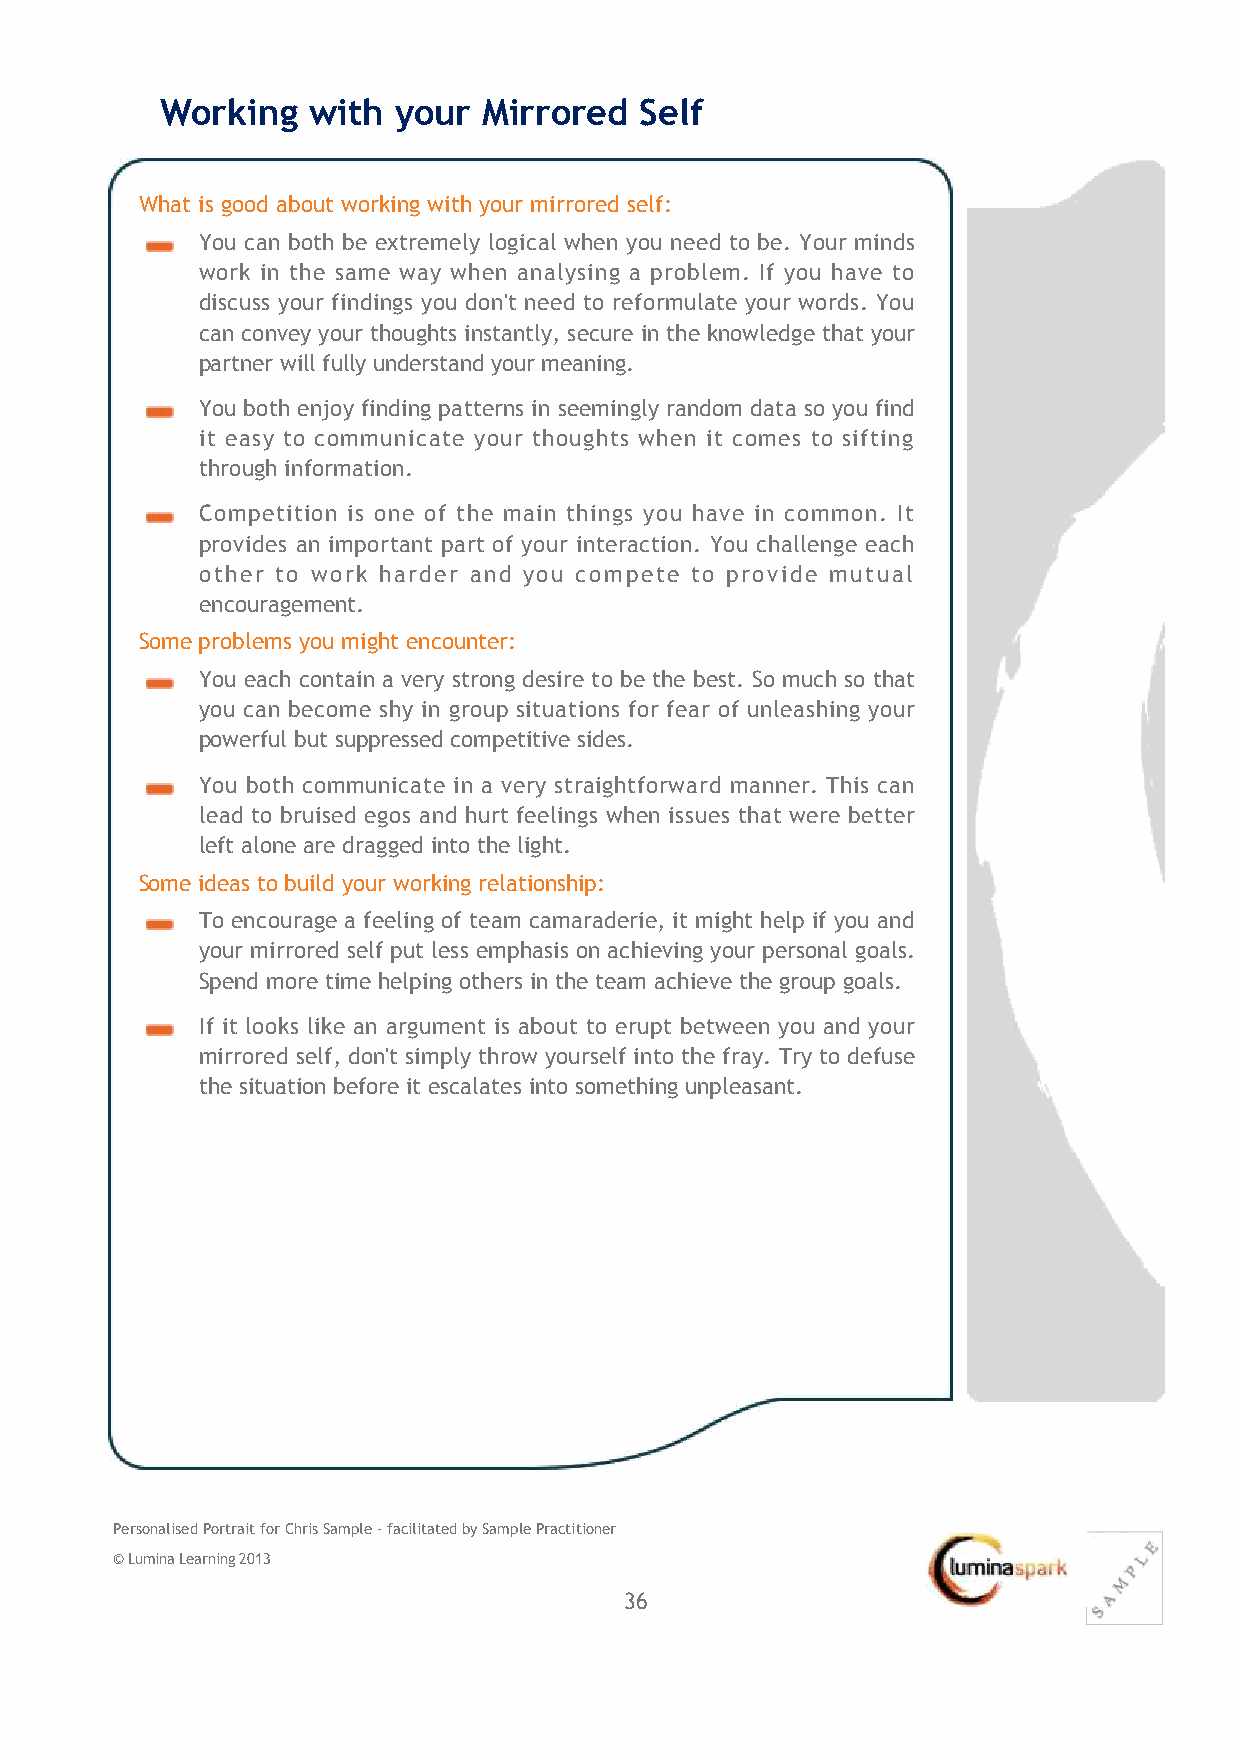
Working  with  your  Mirrored  Self
 What is good about working with your mirrored self:
 You can both be extremely logical when you need to be. Your minds
 work in the same way when analysing a problem. If you have to
 discuss your findings you don't need to reformulate your words. You
 can convey your thoughts instantly, secure in the knowledge that your
 partner will fully understand your meaning.
 You both enjoy finding patterns in seemingly random data so you find
 it easy to communicate your thoughts when it comes to sifting
 through information.
 Competition is one of the main things you have in common. It
 provides an important part of your interaction. You challenge each
 other to work harder and you compete to provide mutual
 encouragement.
 Some problems you might encounter:
 You each contain a very strong desire to be the best. So much so that
 you can become shy in group situations for fear of unleashing your
 powerful but suppressed competitive sides.
 You both communicate in a very straightforward manner. This can
 lead to bruised egos and hurt feelings when issues that were better
 left alone are dragged into the light.
 Some ideas to build your working relationship:
 To encourage a feeling of team camaraderie, it might help if you and
 your mirrored self put less emphasis on achieving your personal goals.
 Spend more time helping others in the team achieve the group goals.
 If it looks like an argument is about to erupt between you and your
 mirrored self, don't simply throw yourself into the fray. Try to defuse
 the situation before it escalates into something unpleasant.
 Personalised Portrait for Chris Sample ‐ facilitated by Sample Practitioner
 © Lumina Learning 2013
 36